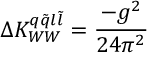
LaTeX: \Delta K _ { W W } ^ { q \tilde { q } l \tilde { l } } = \frac { - g ^ { 2 } } { 2 4 \pi ^ { 2 } }